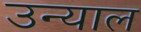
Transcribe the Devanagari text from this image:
उन्याल